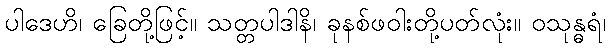
ပါဒေဟိ၊ ခြေတို့ဖြင့်။ သတ္တပါဒါနိ၊ ခုနစ်ဖဝါးတို့ပတ်လုံး။ ဝသုန္ဓရံ၊